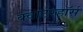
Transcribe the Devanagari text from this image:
क्वार्टरहॉर्स